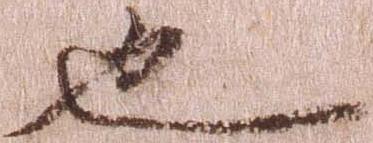
也